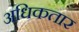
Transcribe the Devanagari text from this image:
अधिकतार